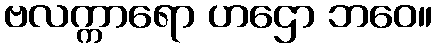
ဗလက္ကာရော ဟဌော ဘဝေ။